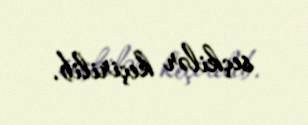
seçkilər keçirilib.